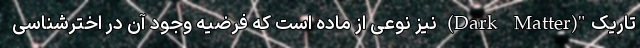
تاریک"(Dark Matter) نیز نوعی از ماده است که فرضیه وجود آن در اخترشناسی